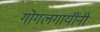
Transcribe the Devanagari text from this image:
गोगलगायींनी